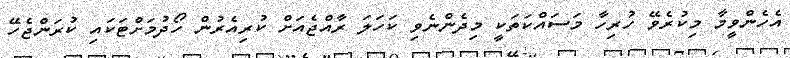
އެހެންވީމާ މިކުރެވޭ ހުރިހާ މަސައްކަތަކީ މިދެންނެވި ކަހަލަ ރާއްޖެއަށް ކުރިއެރުން ހޯދުމަށްޓަކައި ކުރަންޖެހޭ